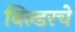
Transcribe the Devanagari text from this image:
बिल्डरचे